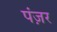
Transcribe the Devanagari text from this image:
पंज़र